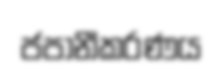
ජපානීකරණය